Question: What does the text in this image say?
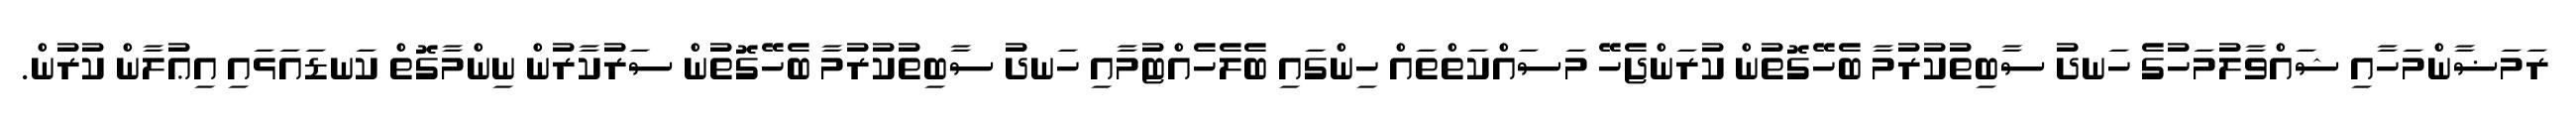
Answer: ރަމަޟާންމަހާއި ޝައްވާލުމަހުގެ ހަނދު ސާބިތުކުރުމާ ބެހޭގޮތުން ކުރަންޖެހޭ މަސައްކަތްތައް ހިންގައި ބެލެހެއްޓުމާއި ހަނދު ސާބިތުކުރުމާ ބެހޭގޮތުން ސަރުކާރުން ނިންމާގޮތް ކަނޑައަޅައި އިޢުލާން ކުރުން.